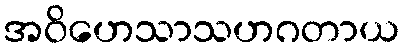
အဝိဟေသာသဟဂတာယ